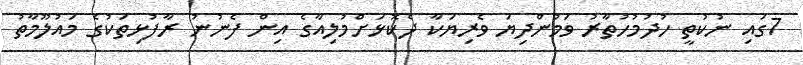
7ގައި ނުކުތީ ހުދުމުހުތާރު ވަމުންދިޔަ ވެރިޔަކާ ދެކޮޅަށްމުލިއާގެ އިން ފެނުނު ރާފުޅިތަކުގެ މައުލޫމާތު